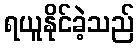
ရယူနိုင်ခဲ့သည်